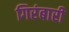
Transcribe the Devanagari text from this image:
गिरंबारी